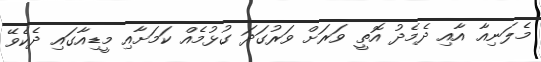
މެލަނިއާ އާއި ދެމެދު އޮތީ ވަރަށް ވަރުގަދަ ގުޅުމެއް ކަމަށާއި މީޑިއާގައި ދެކެވޭ